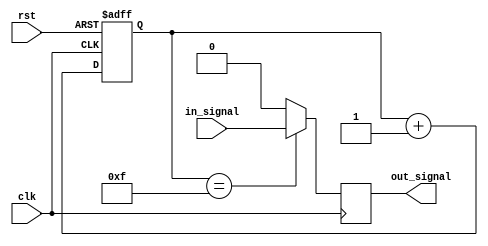
module buffer_delay (
    input wire clk,
    input wire rst,
    input wire in_signal,
    output reg out_signal
);

reg [3:0] buffer_delay_reg; // 4-bit delay for example

always @(posedge clk or posedge rst) begin
    if (rst) begin
        buffer_delay_reg <= 0;
    end else begin
        buffer_delay_reg <= buffer_delay_reg + 1;
    end
end

always @(posedge clk) begin
    if (buffer_delay_reg == 4'hF) begin
        out_signal <= in_signal;
    end else begin
        out_signal <= 1'b0; // introduce delay in the circuit
    end
end

endmodule